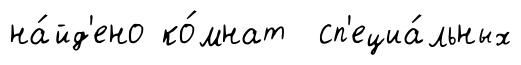
на́йд'ено ко́мнат сп'ециа́льных